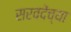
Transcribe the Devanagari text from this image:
सरवदेंच्या